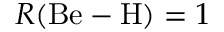
R ( \mathrm { B e } - \mathrm { H } ) = 1